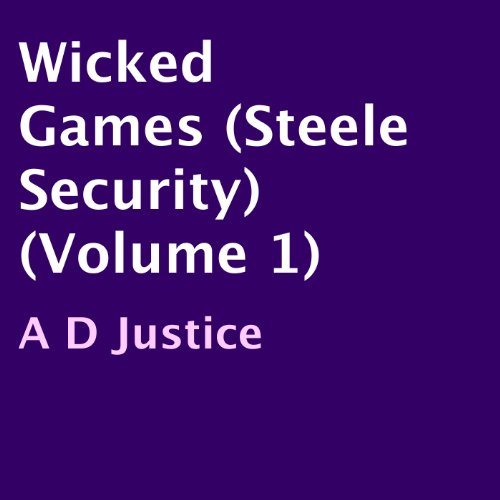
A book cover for Wicked Games: Steele Security, Volume 1; A D Justice; Romance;